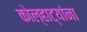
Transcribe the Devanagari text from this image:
कोल्हाट्यांना